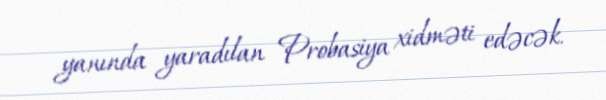
yanında yaradılan Probasiya xidməti edəcək.